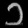
Digit: ၁